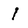
Character: l